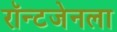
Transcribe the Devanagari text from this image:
रॉन्टजेनला